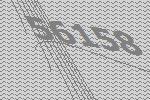
56158